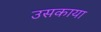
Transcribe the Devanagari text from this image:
उसकाया